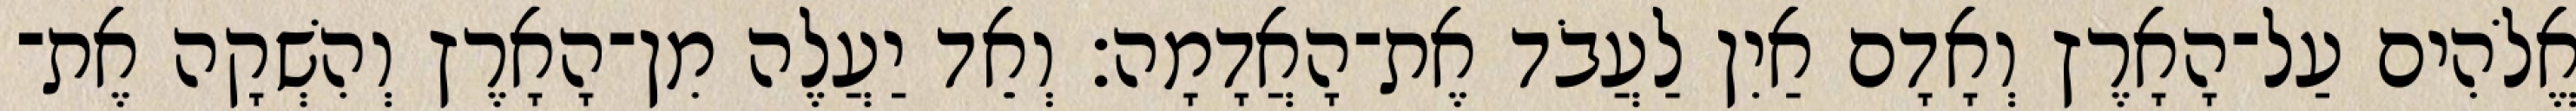
אֱלֹהִים עַל־הָאָרֶץ וְאָדָם אַיִן לַעֲבֹד אֶת־הָאֲדָמָה׃ וְאֵד יַעֲלֶה מִן־הָאָרֶץ וְהִשְׁקָה אֶת־